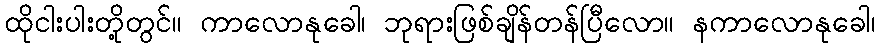
ထိုငါးပါးတို့တွင်။ ကာလောနုခေါ၊ ဘုရားဖြစ်ချိန်တန်ပြီလော။ နကာလောနုခေါ၊